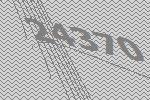
24370